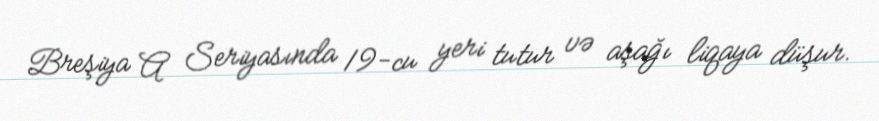
Breşiya A Seriyasında 19-cu yeri tutur və aşağı liqaya düşur.